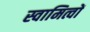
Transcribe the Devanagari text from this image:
स्वामित्वों